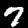
Digit: 7